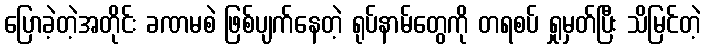
ပြောခဲ့တဲ့အတိုင်း ခဏမစဲ ဖြစ်ပျက်နေတဲ့ ရုပ်နာမ်တွေကို တရစပ် ရှုမှတ်ပြီး သိမြင်တဲ့